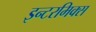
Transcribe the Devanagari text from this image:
इन्टरमिक्स